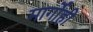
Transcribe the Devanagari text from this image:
मार्गोही